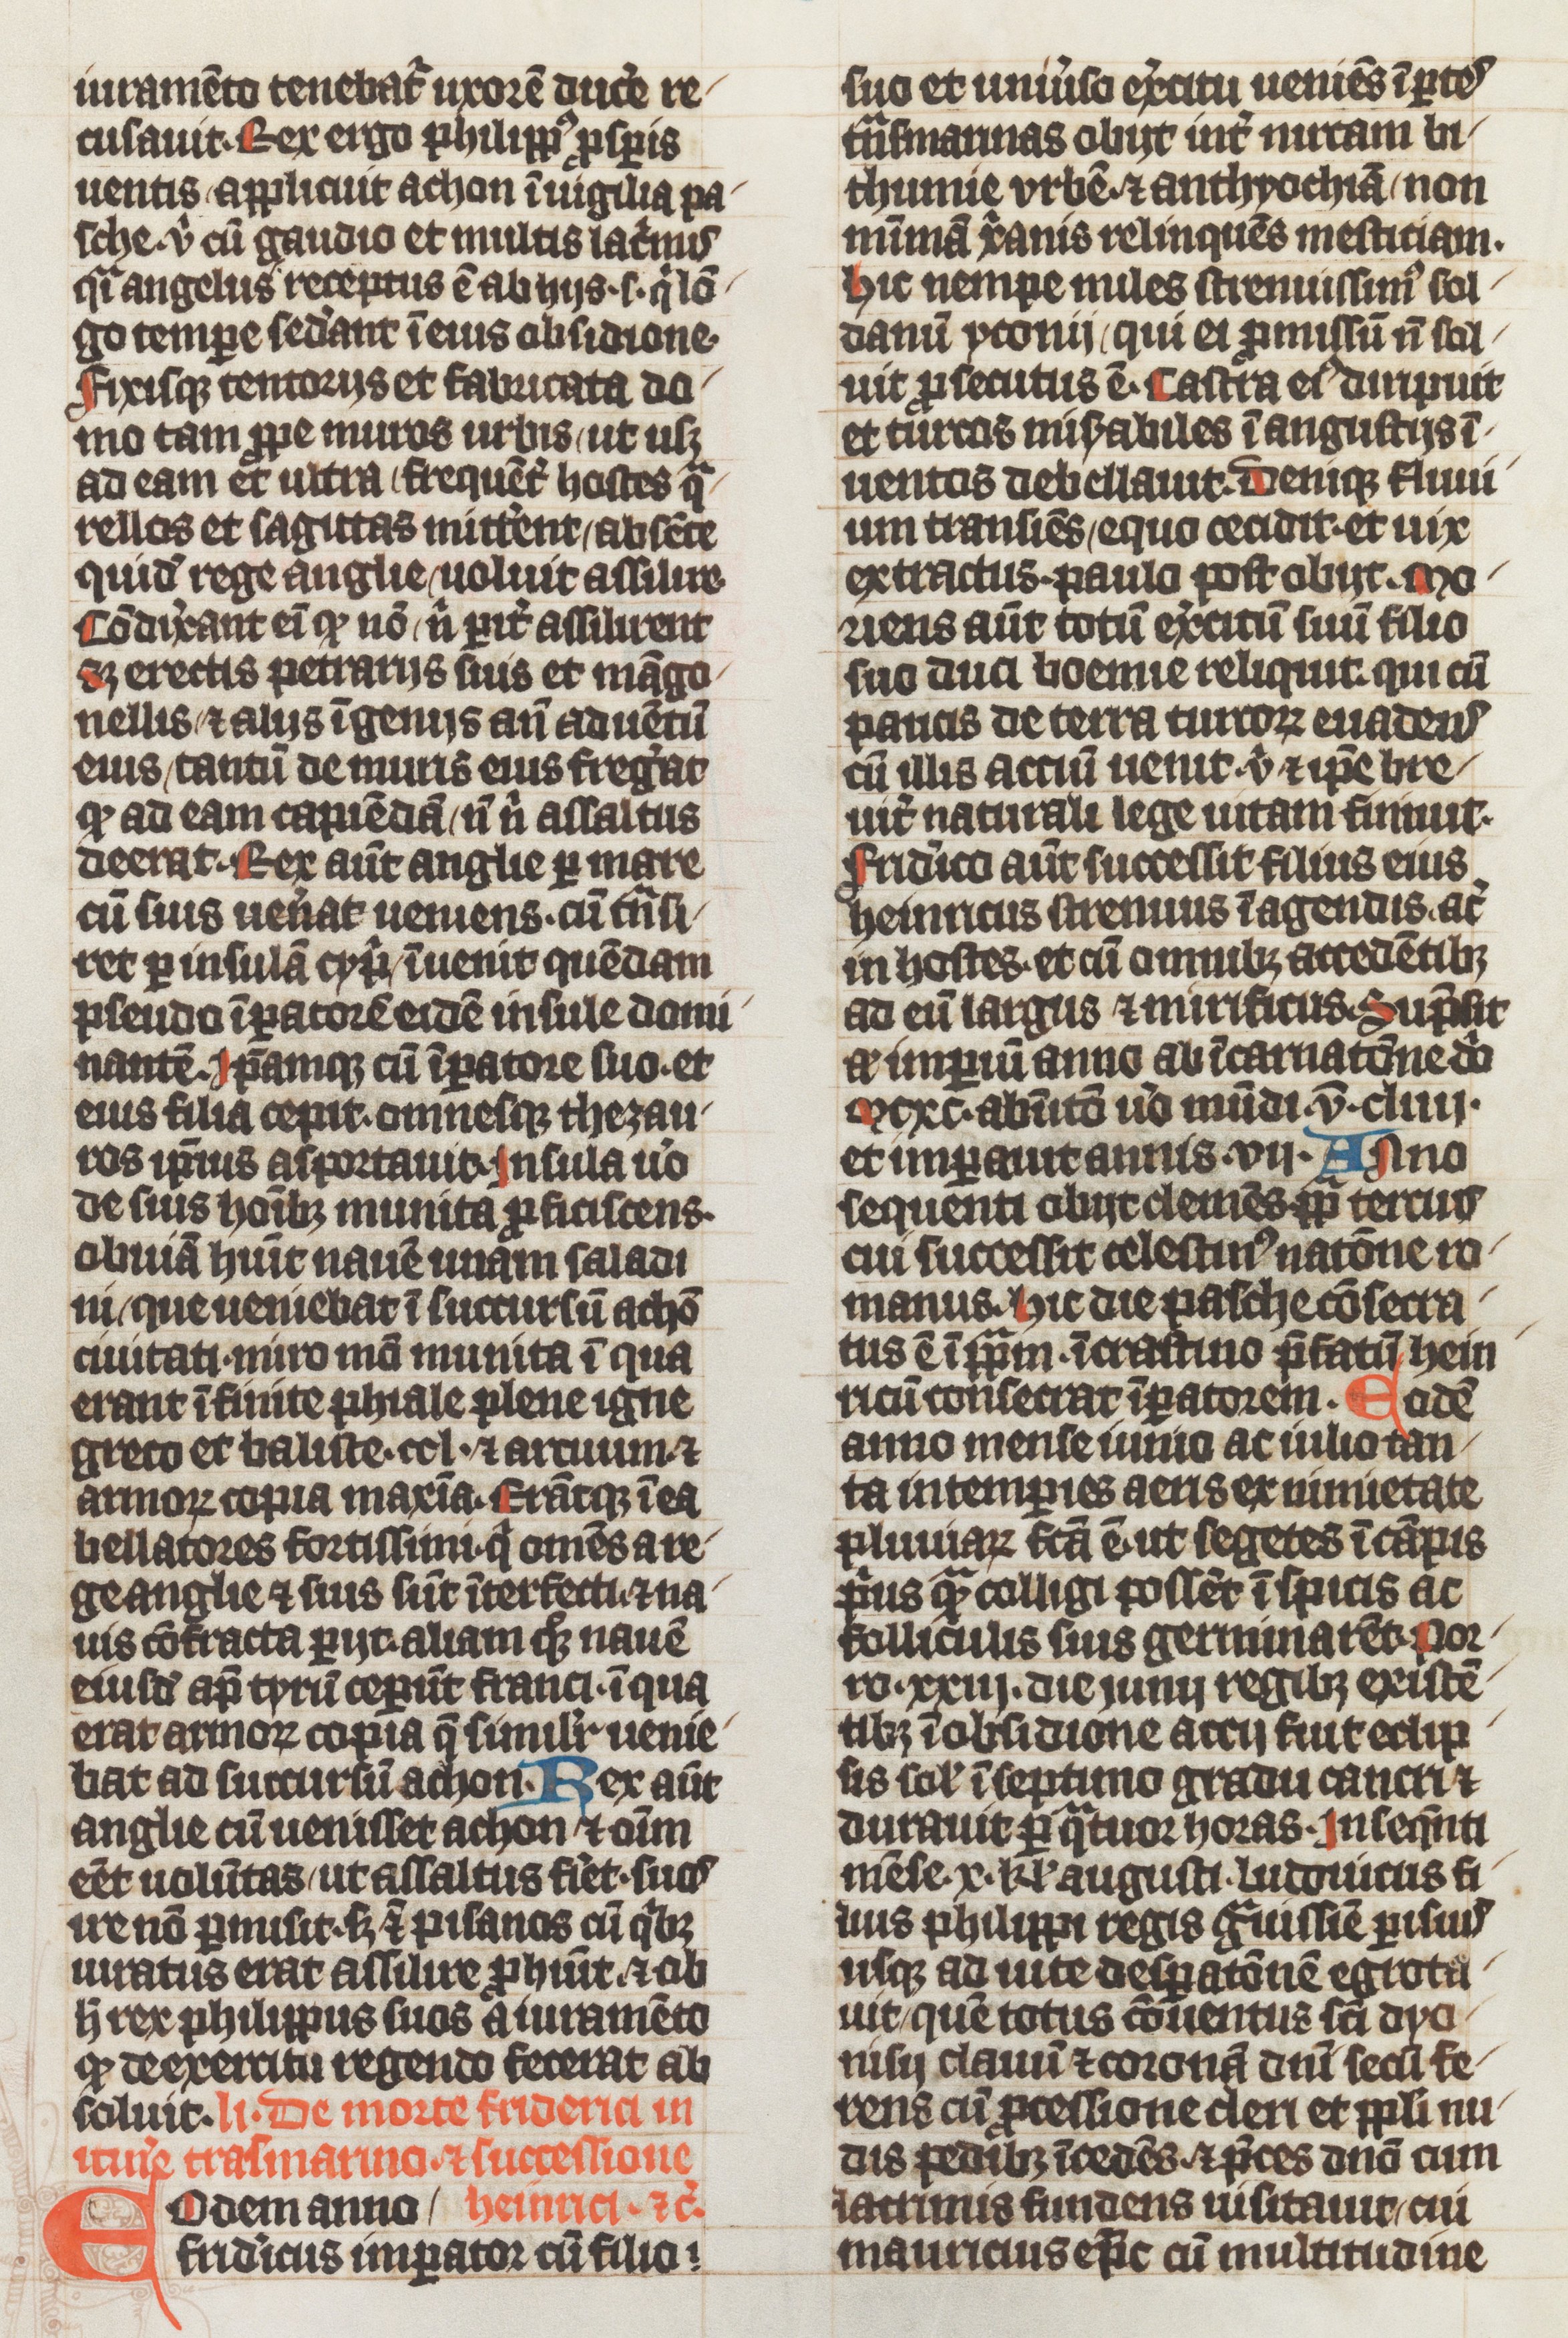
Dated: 1339–1340